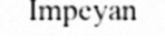
Impeyan